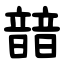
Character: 䪭